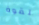
لقوة